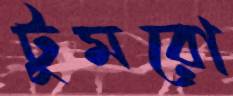
টুমরো